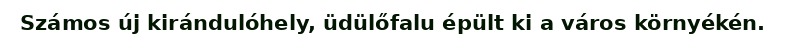
Számos új kirándulóhely, üdülőfalu épült ki a város környékén.